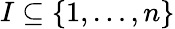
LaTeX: I\subseteq\{ 1,\ldots,n\}